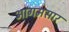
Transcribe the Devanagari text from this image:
आगमसार